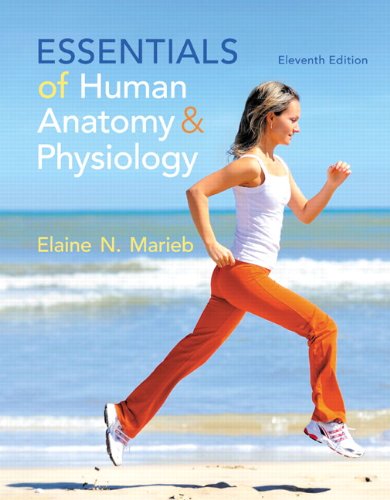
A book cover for Essentials of Human Anatomy & Physiology Plus MasteringA&P with eText -- Access Card Package (11th Edition); Elaine N. Marieb; Science & Math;